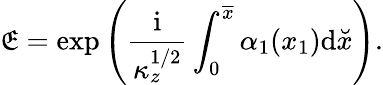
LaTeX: \mathfrak{E}=\exp\left(\frac{{\mathrm{{i}}}}{{\kappa_{z}^{1/2}}}\int_{0}^{\overline{{{x}}}}\alpha_{1}(x_{1})\mathrm{{d}}\breve{{x}}\right).